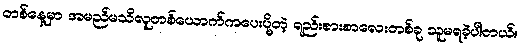
တစ်နေ့မှာ အမည်မသိလူတစ်ယောက်ကပေးပို့တဲ့ ရည်းစားစာလေးတစ်ခု သူမရခဲ့ပါတယ်။